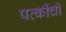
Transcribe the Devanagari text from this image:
पत्कींची